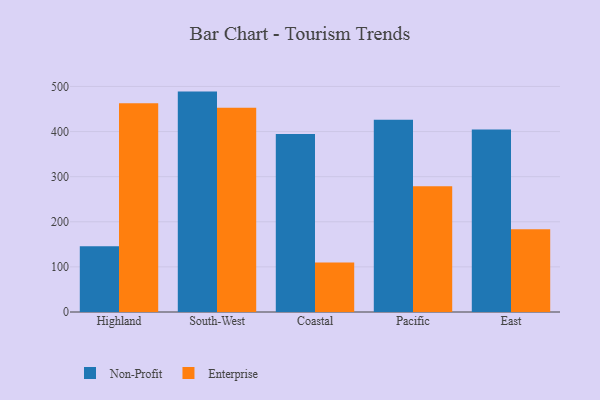
{"axis": {"x": "Region", "y": "Gross Profit (USD K)"}, "legend": ["Enterprise", "Non-Profit"], "data": [{"x": "Highland", "y": 145.6, "type": "Non-Profit"}, {"x": "Highland", "y": 463.0, "type": "Enterprise"}, {"x": "South-West", "y": 488.6, "type": "Non-Profit"}, {"x": "South-West", "y": 452.9, "type": "Enterprise"}, {"x": "Coastal", "y": 394.5, "type": "Non-Profit"}, {"x": "Coastal", "y": 109.7, "type": "Enterprise"}, {"x": "Pacific", "y": 426.2, "type": "Non-Profit"}, {"x": "Pacific", "y": 278.6, "type": "Enterprise"}, {"x": "East", "y": 404.6, "type": "Non-Profit"}, {"x": "East", "y": 183.7, "type": "Enterprise"}]}